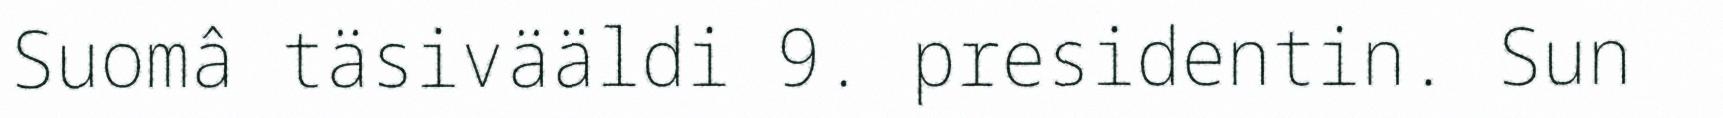
Suomâ täsivääldi 9. presidentin. Sun